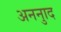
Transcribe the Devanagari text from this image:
अननुाद